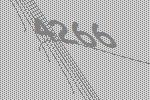
4266